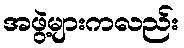
အဖွဲ့များကလည်း